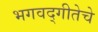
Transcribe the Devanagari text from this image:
भगवद्‌गीतेचे